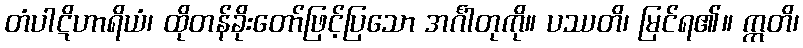
တံပါဋိဟာရိယံ၊ ထိုတန်ခိုးတော်ဖြင့်ပြသော အင်္ဂါတုကို။ ပဿတိ၊ မြင်ရ၏။ ဣတိ၊